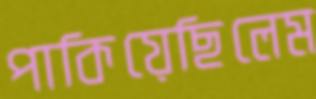
পাকিয়েছিলেম